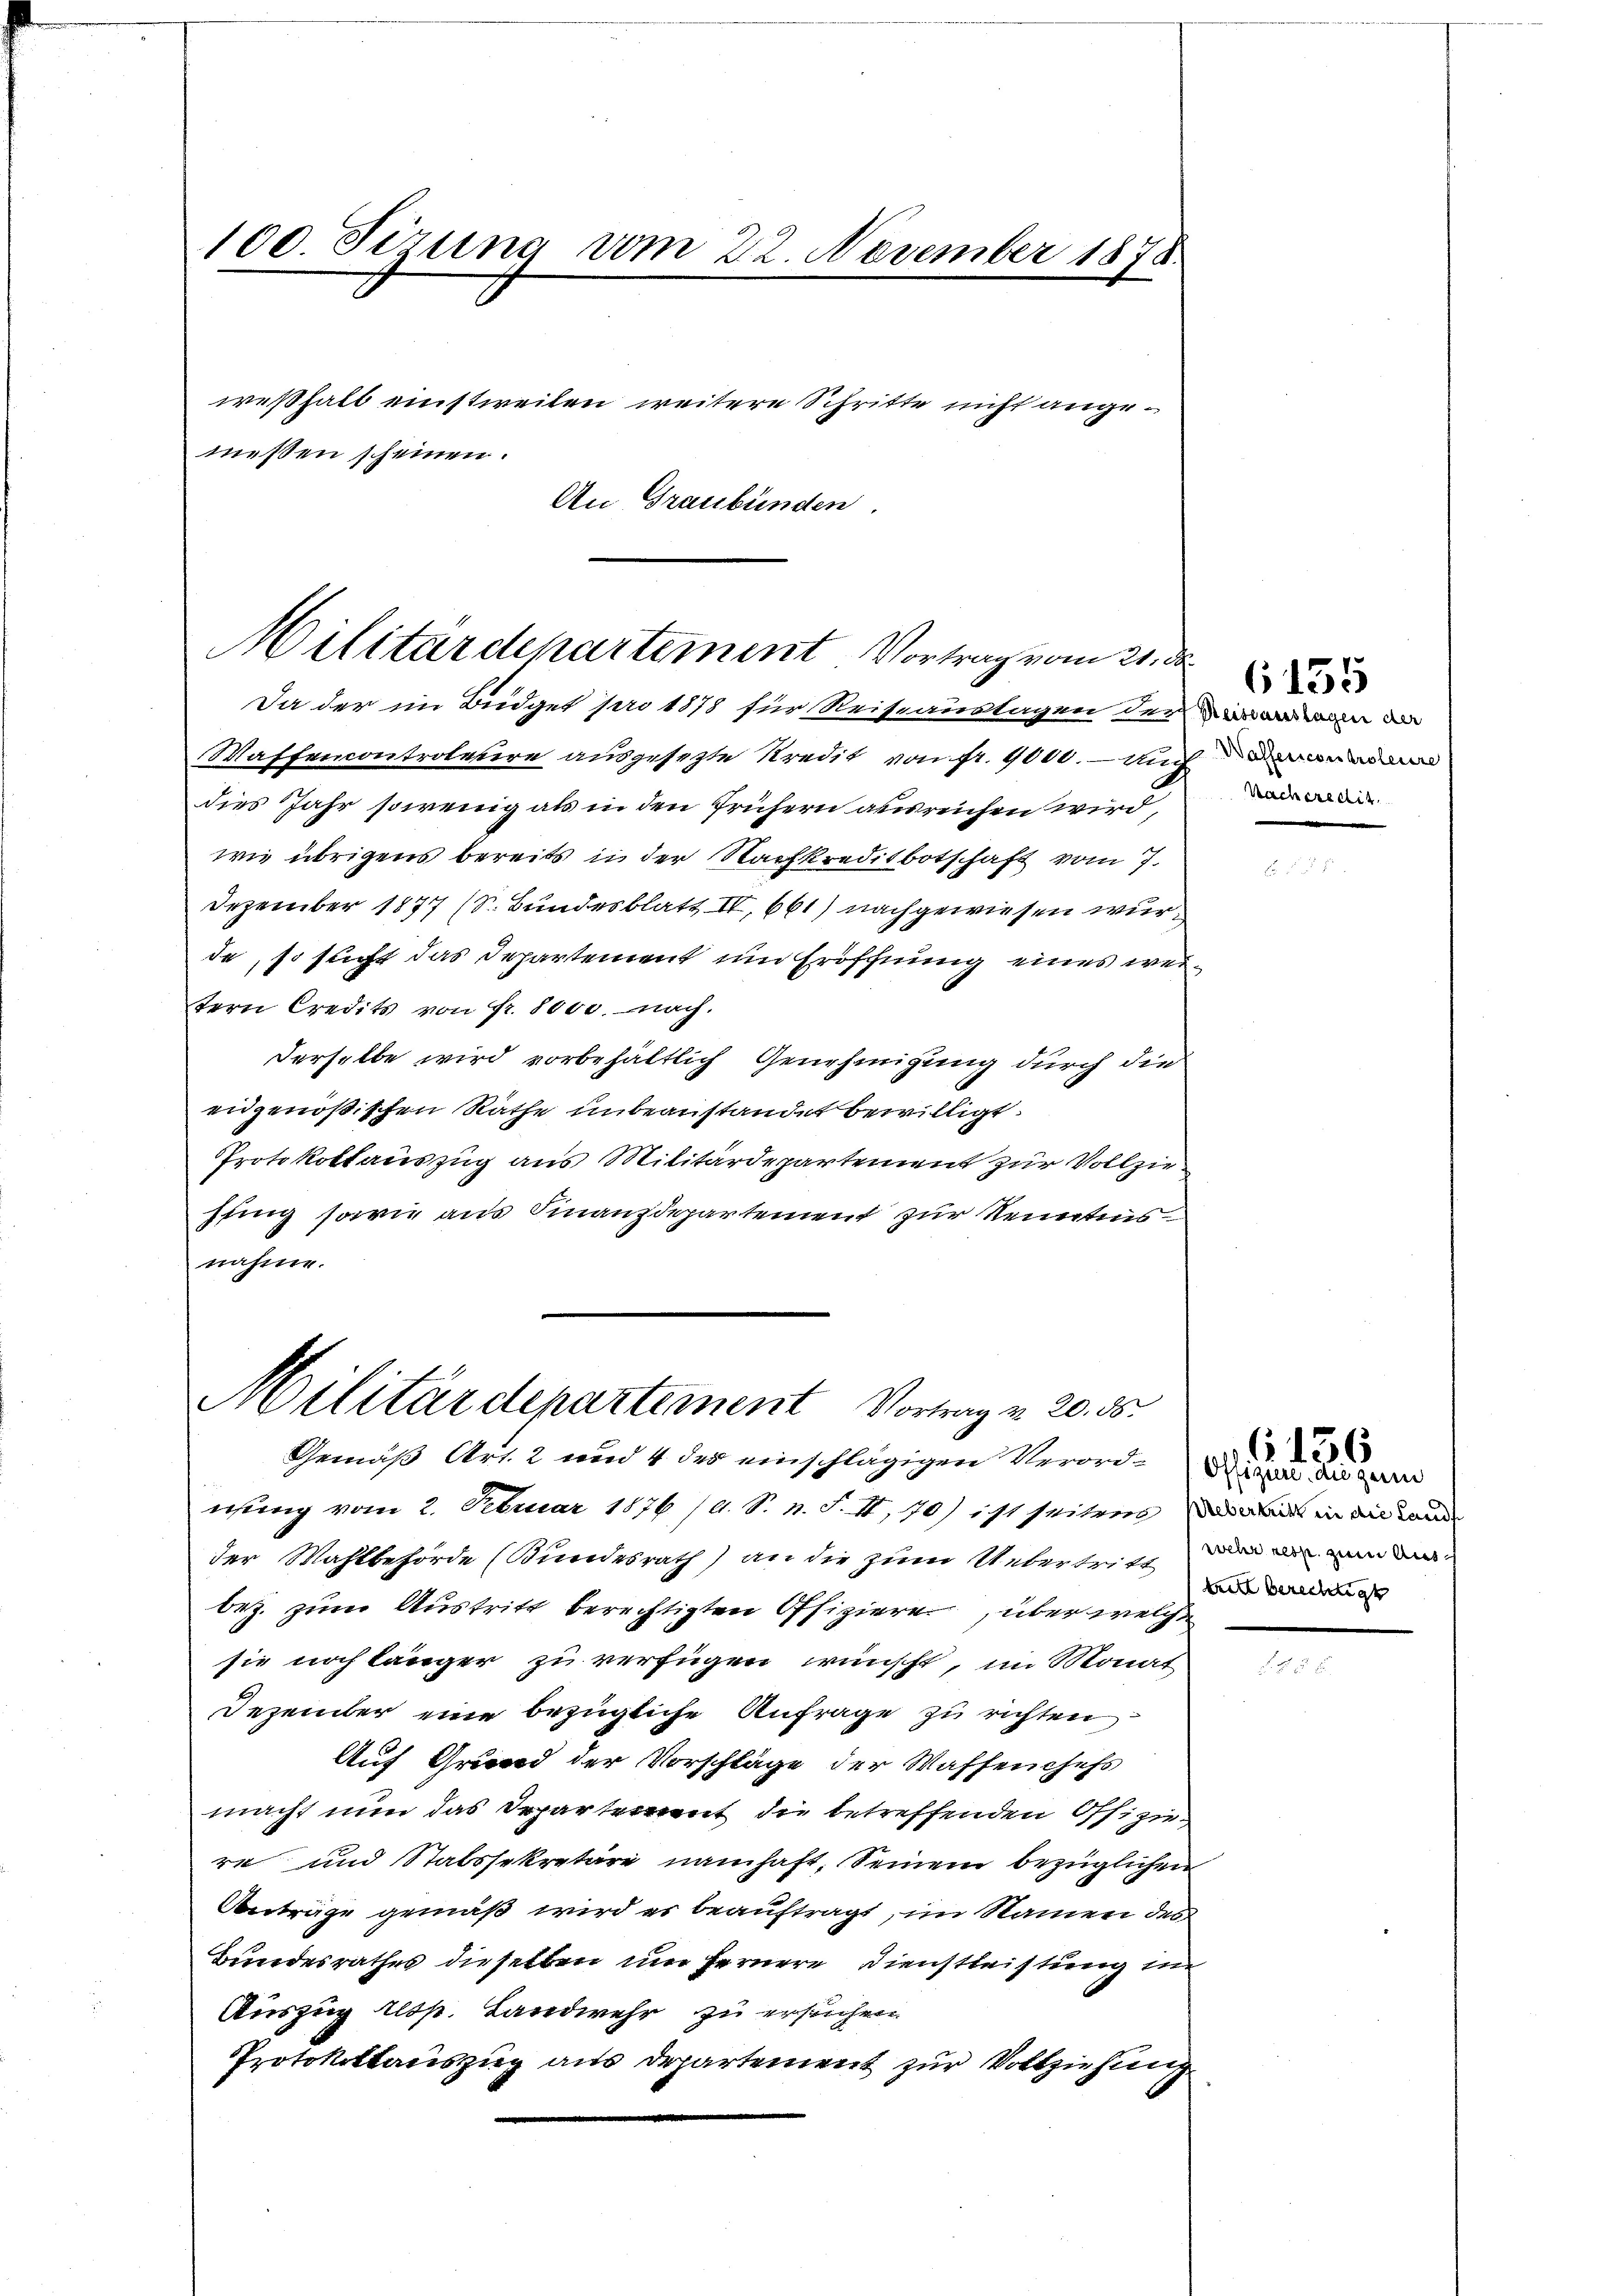
100. Sizung vom 22 November 1878
weßhalb einstweilen weitere Schritte nicht angemessen scheinen.
An Graubünden.

Militärdepartement Vortrag vom 21. de

Da der im Büdget pro 1878 für Reiseauslagen der in de
Waffencontroletire ausgesezte Kredit von fr. 9000. auch ei
dies Jahr sowenig als in den frühern ausreichen wird,
wie übrigens bereits in der Nachkreditbotschaft vom 7.
Dezember 1877 (S. Bundesblatt IV 661) nachgewiesen wurde, so sucht das Departement und Eröffnung eines weitern Credits von Fr. 8000. nach.
derselbe wird vorbehältlich Genehmigung durch die
eidgenößischen Räthe unbeanstandet bewilligt.
Protokollauszug aus Militärdepartement zur Vollziehung sowie aus Finanzdepartement zur Kenntnis
nahme.
nung vom 2. Februar 1876 /A. S. n. F. II, 70) ist seitens das war in die Land
der Mahlbehörde (Bundesrath) an die zum Untertritt der ein
bez. zum Austritt berechtigten Offiziere, über welche
sie noch länger zu verfügen wünscht, im Monat
Dezember eine bezügliche Anfrage zu richten
Auf Grund der Vorschläge der Waffenchefs
macht nun das Departement die betreffenden Offiziere und Stabssekretäre namhaft, Seinem bezüglichen
Anträge gemäß wird es beauftragt, im Namen des
Bundesrathes dieselben um Fernere Dienstleistung im
Auszug resp. Landwehr zu ersuchen
Protokollauszug aus Departement zur Vollziehung

Militärdepartement Vortrag v. 20. 55
Gemäß Art. 2 und 4 des einschlägigen Verord-Dixen die zwi

Racheredit

6155

teil berechtigt

6156